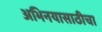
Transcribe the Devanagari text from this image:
अभिनयासाठीचा